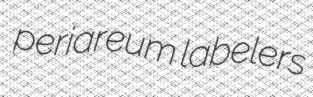
periareum labelers